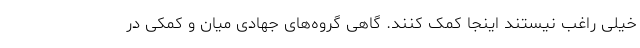
خیلی راغب نیستند اینجا کمک کنند. گاهی گروه‌های جهادی میان و کمکی در